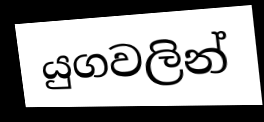
යුගවලින්